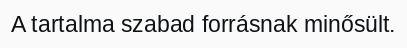
A tartalma szabad forrásnak minősült.